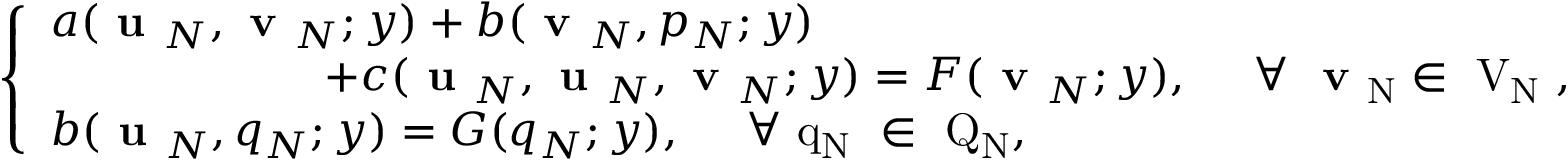
\left\{ \begin{array} { l l } { a ( \textbf { u } _ { N } , \textbf { v } _ { N } ; y ) + b ( \textbf { v } _ { N } , p _ { N } ; y ) } \\ { \qquad \qquad \qquad + c ( \textbf { u } _ { N } , \textbf { u } _ { N } , \textbf { v } _ { N } ; y ) = F ( \textbf { v } _ { N } ; y ) , \mathrm { \ \ \ ~ \forall ~ \textbf { v } _ { N } \in ~ V _ { N } ~ } , } \\ { b ( \textbf { u } _ { N } , q _ { N } ; y ) = G ( q _ { N } ; y ) , \mathrm { ~ \ \ ~ \forall ~ q _ { N } ~ \in ~ Q _ { N } , ~ } } \end{array} \right.